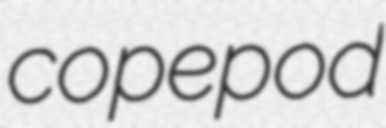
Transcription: copepod